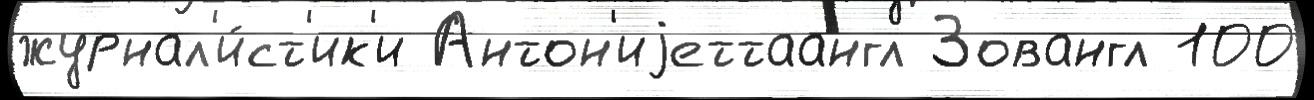
журнал'и́ст'ик'и Антон'иjеттаангл Зовангл 100